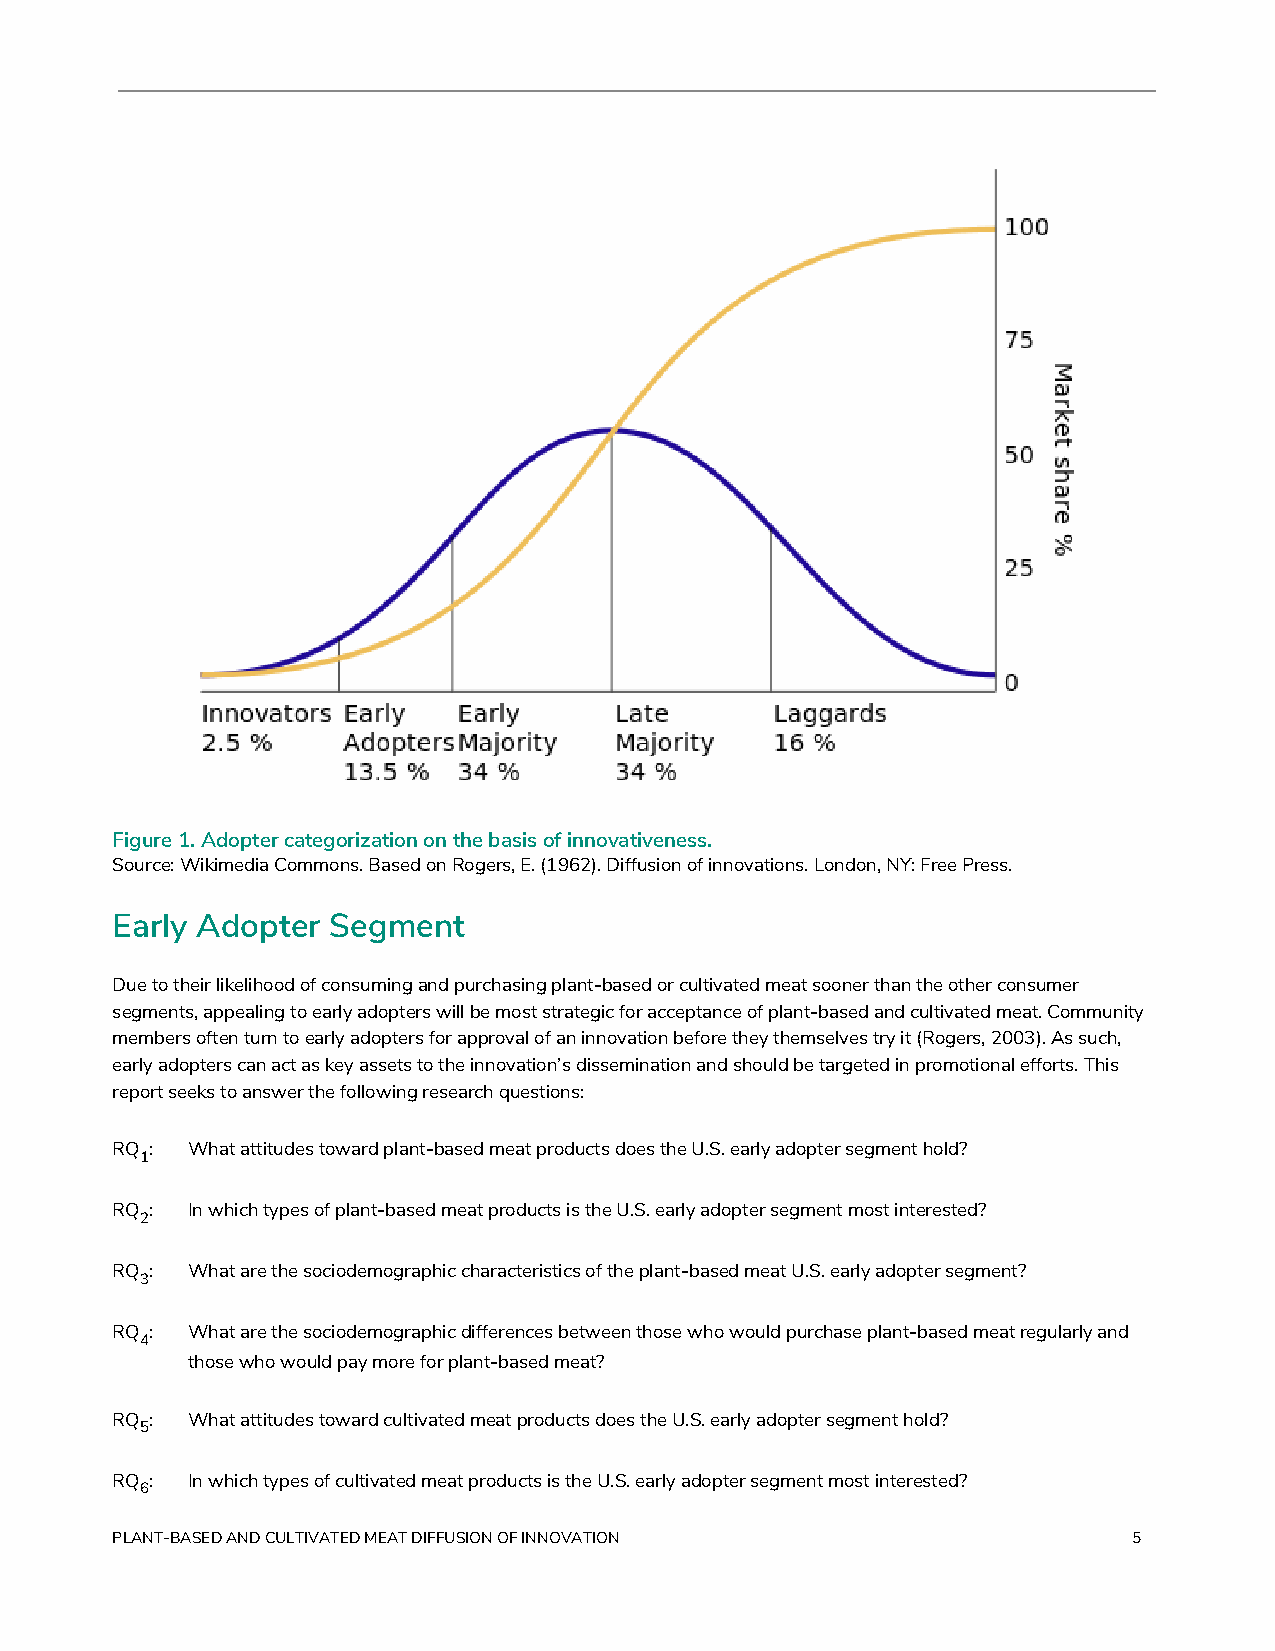
Figure 1. Adopter categorization on the basis of innovativeness.
 Source: Wikimedia Commons. Based on Rogers, E. (1962). Diffusion of innovations. London, NY: Free Press.
 Early Adopter  Segment
 Due to their likelihood of consuming and purchasing plant-based or cultivated meat sooner than the other consumer
 segments, appealing to early adopters will be most strategic for acceptance of plant-based and cultivated meat. Community
 members often turn to early adopters for approval of an innovation before they themselves try it (Rogers, 2003). As such,
 early adopters can act as key assets to the innovation’s dissemination and should be targeted in promotional efforts. This
 report seeks to answer the following research questions:
 RQ​ : What attitudes toward plant-based meat products does the U.S. early adopter segment hold?
 1​
 RQ​ : In which types of plant-based meat products is the U.S. early adopter segment most interested?
 2​
 RQ​ : What are the sociodemographic characteristics of the plant-based meat U.S. early adopter segment?
 3​
 RQ​ : What are the sociodemographic differences between those who would purchase plant-based meat regularly and
 4​
 those who would pay more for plant-based meat?
 RQ​ : What attitudes toward cultivated meat products does the U.S. early adopter segment hold?
 5​
 RQ​ : In which types of cultivated meat products is the U.S. early adopter segment most interested?
 6​
 PLANT-BASED AND CULTIVATED MEAT DIFFUSION OF INNOVATION             5